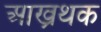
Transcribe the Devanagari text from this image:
आख्रथक